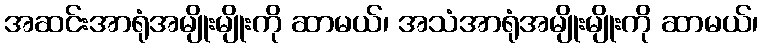
အဆင်းအာရုံအမျိုးမျိုးကို ဆာမယ်၊ အသံအာရုံအမျိုးမျိုးကို ဆာမယ်၊